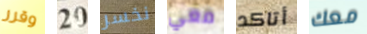
وقرر 20 نخسر معي أتاكد معك